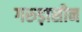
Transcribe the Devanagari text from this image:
गरुड़ासीन